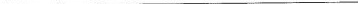
___